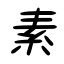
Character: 素